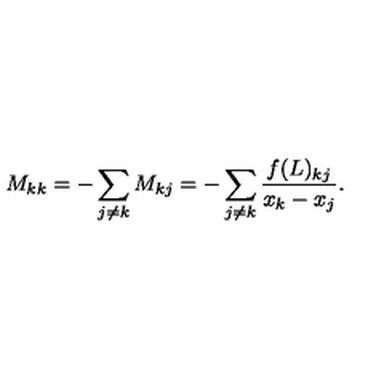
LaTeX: M _ { k k } = - \sum _ { j \neq k } M _ { k j } = - \sum _ { j \neq k } \frac { f ( L ) _ { k j } } { x _ { k } - x _ { j } } .